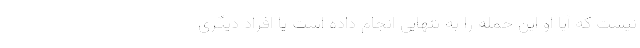
نیست که آیا او این حمله را به تنهایی انجام داده است یا افراد دیگری